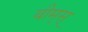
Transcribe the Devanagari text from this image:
बीम्‌स्